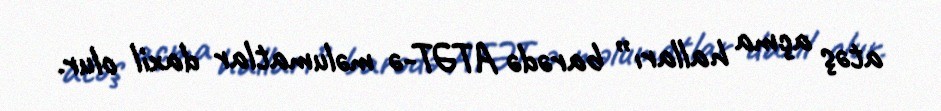
atəş açma halları” barədə ATƏT-ə məlumatlar daxil olur.